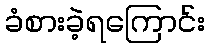
ခံစားခဲ့ရကြောင်း